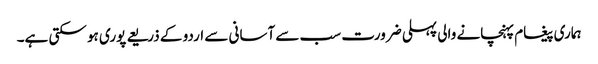
ہماری پیغام پہنچانے والی پہلی ضرورت سب سے آسانی سے اردو کے ذریعے پوری ہو سکتی ہے۔